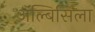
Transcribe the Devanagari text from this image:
ॲल्बिसिला